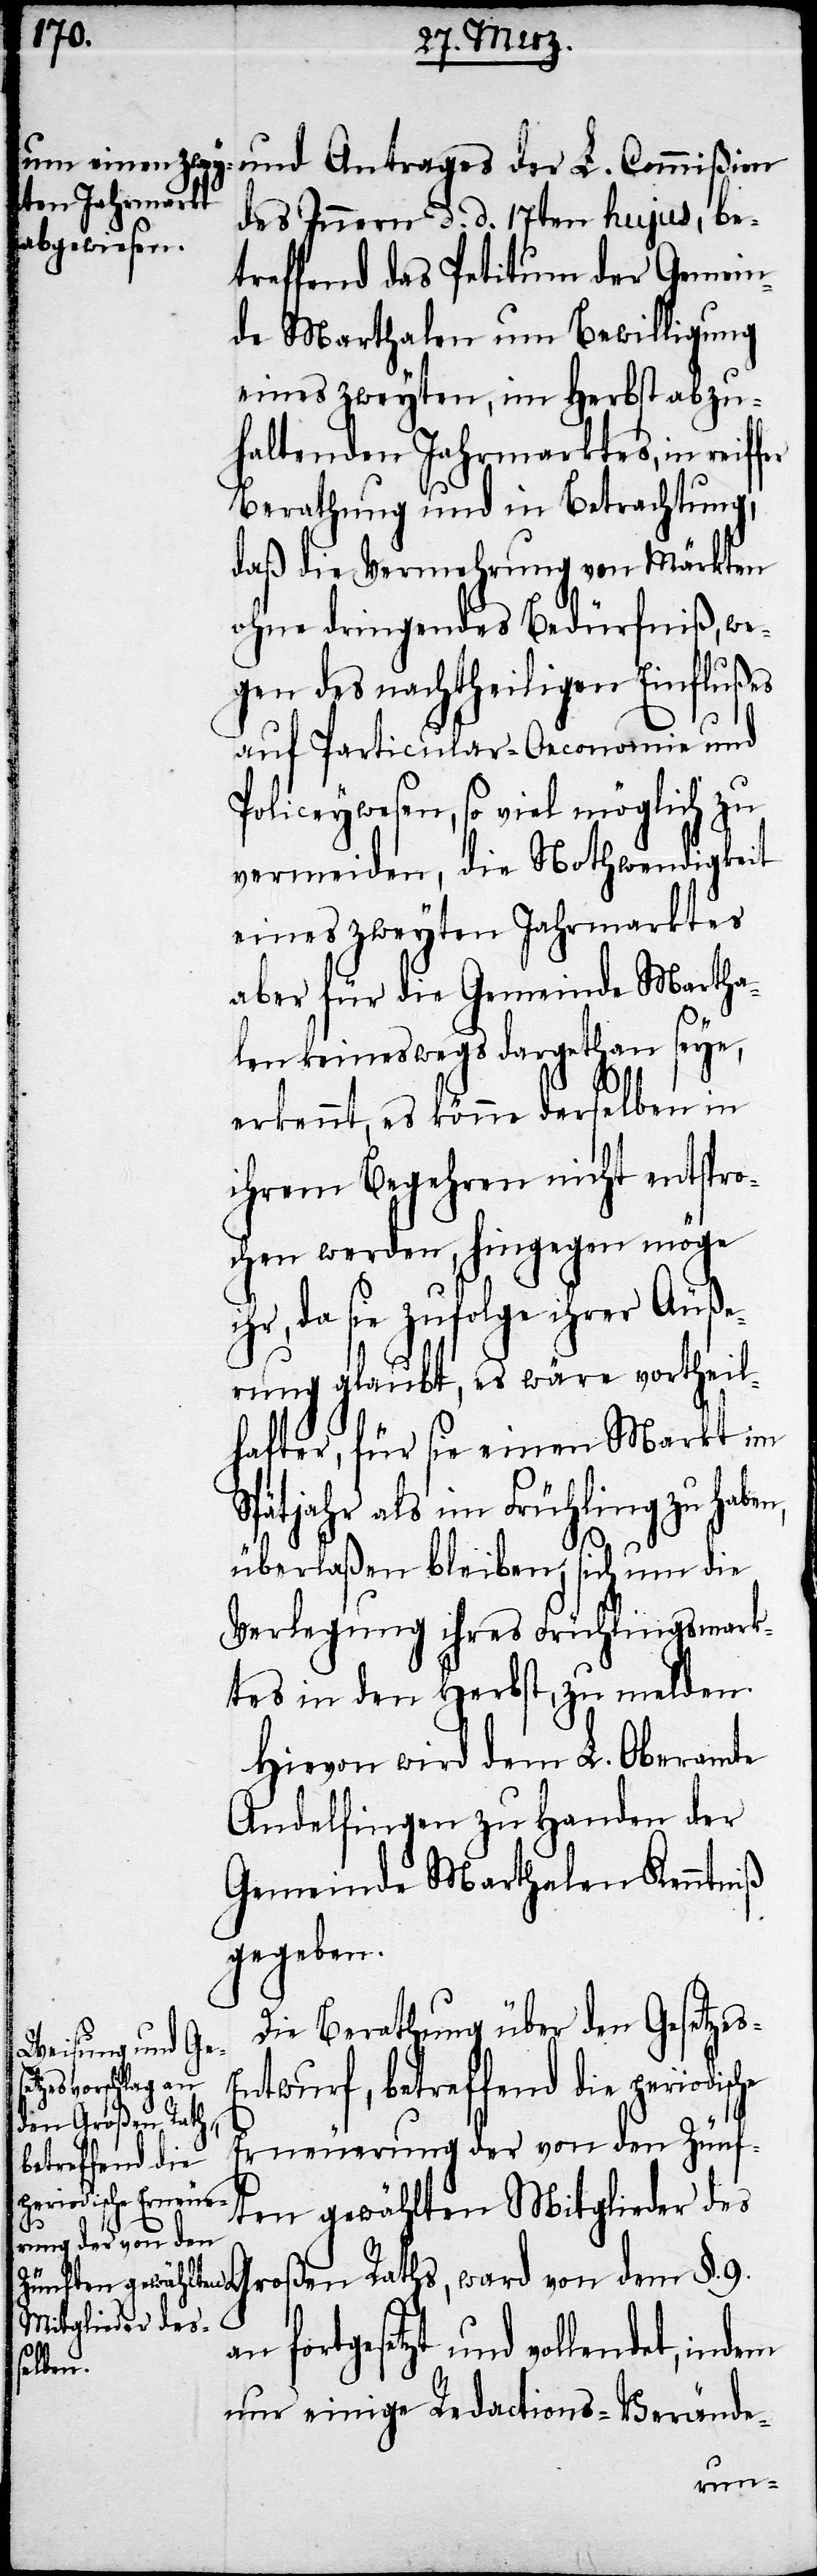
und Antrages der L. Commißion
des Innern d. d. 17ten hujus, be¬
treffend das Petitum der Gemein¬
de Marthalen um Bewilligung
eines zweyten, im Herbst abzu¬
haltenden Jahrmarktes, in reif¬
Berathung und in Betrachtung,
daß die Vermehrung von Märkten
ohne dringendes Bedürfniß, we¬
gen des nachtheiligen Einflußes
auf Particular-Oeconomie und
Policeywesen, so viel möglich zu
vermeiden, die Nothwendigkeit
eines zweyten Jahrmarktes
aber für die Gemeinde Martha¬
len keineswegs dargethan seye,
erkennt, es könne derselben in
ihrem Begehren nicht entspro¬
chen werden, hingegen möge
ihr, da sie zufolge ihrer Äuße¬
rung glaubt, es wäre vortheil¬
hafter, für sie einen Markt im
Spätjahr als im Frühling zu habe¬
überlaßen bleiben, sich um die
Verlegung ihres Frühlingsmark¬
tes in den Herbst, zu melden.
Hievon wird dem L. Oberamte
Andelfingen zu Handen der
Gemeinde Marthalen Kenntniß
gegeben.
Die Berathung über den Gesetze¬
ntwurf, betreffend die periodisc¬
Erneuerung der von den Zünf¬
ten gewählten Mitglieder des
a¬
n fortgesetzt und vollendet,
nur einige Redactions-Verände-
n,